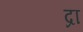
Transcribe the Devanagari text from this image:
द्रा